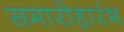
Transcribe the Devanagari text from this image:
समारोहारंभ